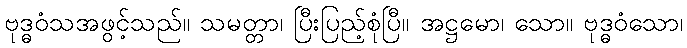
ဗုဒ္ဓဝံသအဖွင့်သည်။ သမတ္တာ၊ ပြီးပြည့်စုံပြီ။ အဋ္ဌမော၊ သော။ ဗုဒ္ဓဝံသော၊